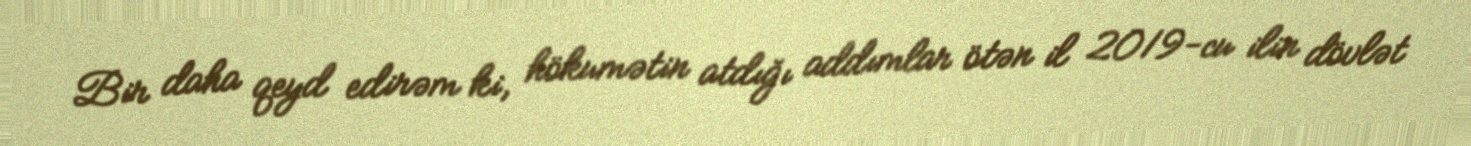
Bir daha qeyd edirəm ki, hökumətin atdığı addımlar ötən il 2019-cu ilin dövlət